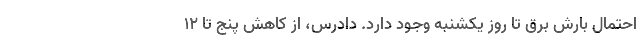
احتمال بارش برق تا روز یکشنبه وجود دارد. دادرس، از کاهش پنج تا ۱۲